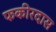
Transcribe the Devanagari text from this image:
फकीरदास